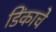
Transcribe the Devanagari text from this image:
डिंकाचे